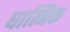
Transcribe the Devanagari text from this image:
धात्मिक